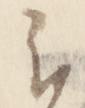
云